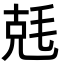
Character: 兞